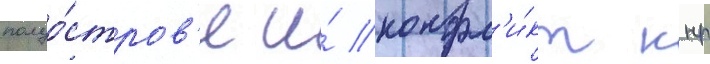
полуо́стров'е и́ конфл'и́кт кнр